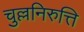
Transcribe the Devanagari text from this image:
चुल्लनिरुत्ति